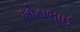
ખોડાભાઈ